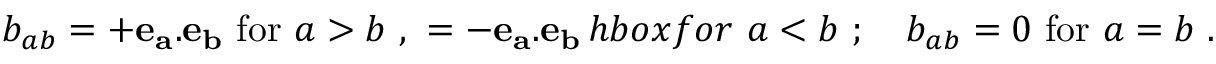
b _ { a b } = + { \bf e _ { a } . e _ { b } } \ \mathrm { f o r } \ a > b \ , \ = - { \bf e _ { a } . e _ { b } } \, h b o x { f o r } \ a < b \ ; \quad b _ { a b } = 0 \ \mathrm { f o r } \ a = b \ .